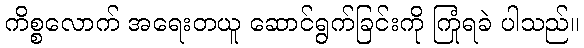
ကိစ္စလောက် အရေးတယူ ဆောင်ရွက်ခြင်းကို ကြုံရခဲ ပါသည်။